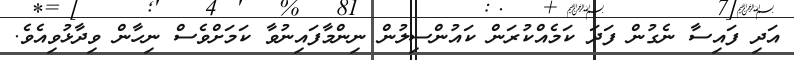
އަދި ފައިސާ ނެގުން ފަދަ ކަމެއްކުރަން ކައުންސިލުން ނިންމާފައިނުވާ ކަމަށްވެސް ނިހާން ވިދާޅުވިއެވެ.